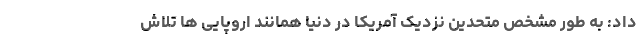
داد: به طور مشخص متحدین نزدیک آمریکا در دنیا همانند اروپایی ها تلاش